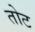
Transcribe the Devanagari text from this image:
तोट